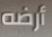
أرضه